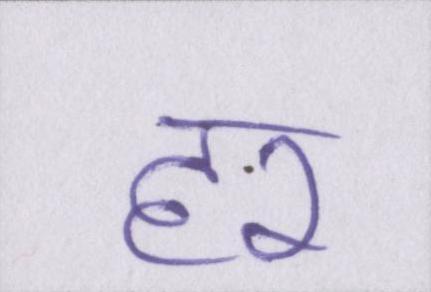
हर